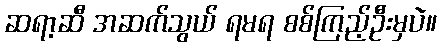
ဆရာ့ဆီ အဆက်သွယ် ရမရ စစ်ကြည့်ဦးမှပဲ။